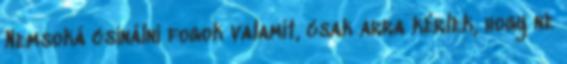
Nemsoká csinálni fogok valamit, csak arra kérlek, hogy ne